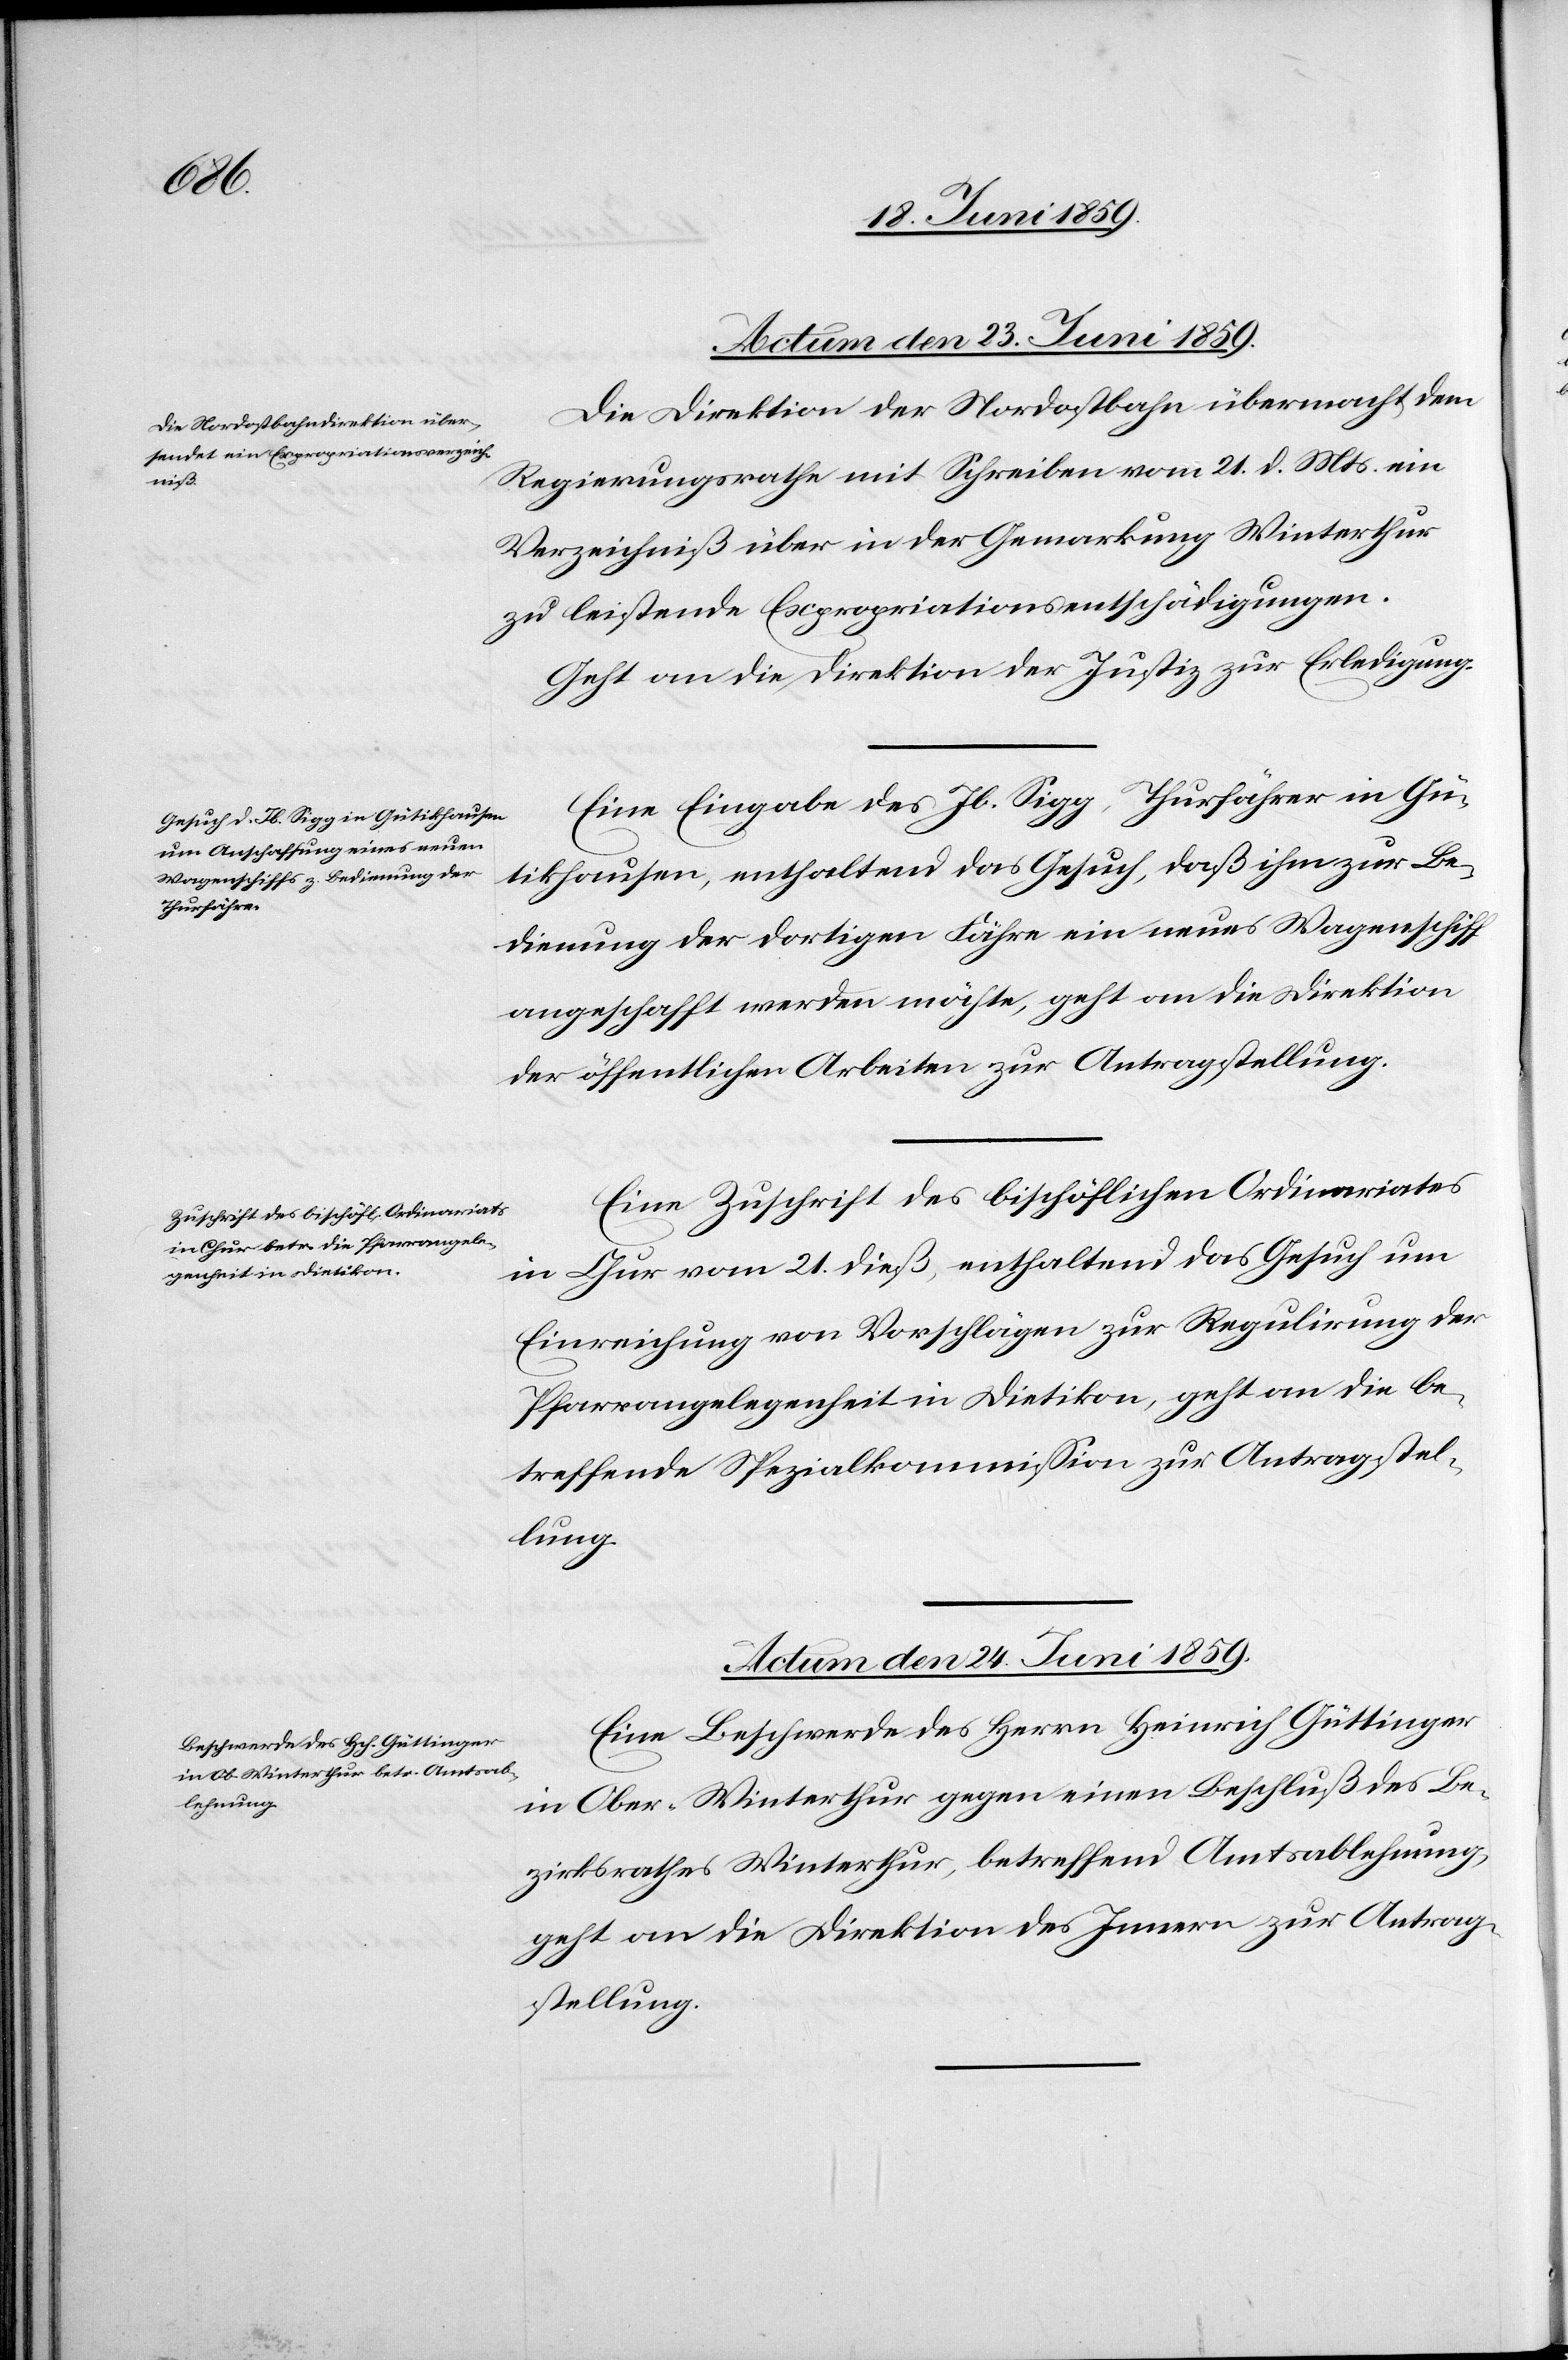
Actum den 23. Juni 1859.]
Die Direktion der Nordostbahn übermacht dem
Regierungsrathe mit Schreiben vom 21. d. Mts. ein
Verzeichniß über in der Gemarkung Winterthur
zu leistende Expropriationsenthschädigungen.
Geht an die Direktion der Justiz zur Erledigung.
Eine Eingabe des Jb. Sigg, Thurfährer in Gü¬
tikhausen, enthaltend das Gesuch, daß ihm zur Be¬
dienung der dortigen Fähre ein neues Wagenschiff
angeschafft werden möchte, geht an die Direktion
der öffentlichen Arbeiten zur Antragstellung.
Eine Zuschrift des bischöflichen Ordinariates
in Chur vom 21. dieß, enthaltend das Gesuch um
Einreichung von Vorschlägen zur Regulirung der
Pfarrangelegenheit in Dietikon, geht an die be¬
treffende Spezialkommission zur Antragstel¬
lung.
Actum den 24. Juni 1859.
Eine Beschwerde des Herrn Heinrich Güttinger
in Ober-Winterthur gegen einen Beschluß des Be¬
zirksrathes Winterthur, betreffend Amtsablehnung,
geht an die Direktion des Innern zur Antrag¬
stellung.